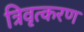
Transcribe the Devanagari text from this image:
त्रिवृत्करण